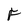
Character: F